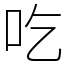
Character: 吃